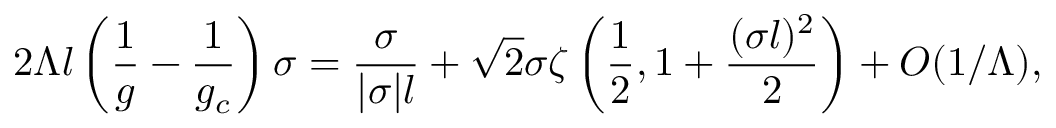
2 \Lambda l \left( \frac { 1 } { g } - \frac { 1 } { g _ { c } } \right) \sigma = \frac { \sigma } { | \sigma | l } + \sqrt { 2 } \sigma \zeta \left( \frac { 1 } { 2 } , 1 + \frac { ( \sigma l ) ^ { 2 } } { 2 } \right) + O ( 1 / \Lambda ) ,